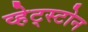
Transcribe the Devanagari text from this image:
व्हेट्स्टोन